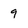
Character: 9